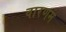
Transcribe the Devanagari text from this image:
वारणम